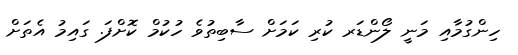
ހިންގުމާއި މަނީ ލޯންޑަރ ކުރި ކަމަށް ސާބިތުވެ ހުކުމް ކޮށްފަ. ގައިމު އެތަށް